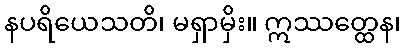
နပရိယေသတိ၊ မရှာမှိး။ ဣဿတ္ထေန၊